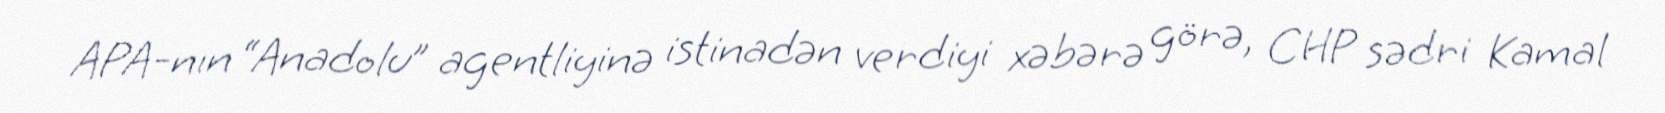
APA-nın “Anadolu” agentliyinə istinadən verdiyi xəbərə görə, CHP sədri Kamal